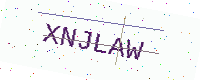
Text: XNJLAW